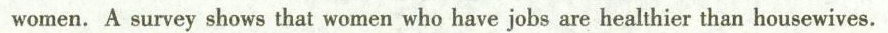
women. A survey shows that women who have jobs are healthier than housewives.